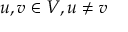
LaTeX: u , v \in V , u \neq v